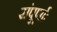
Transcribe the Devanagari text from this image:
संपूर्णाः